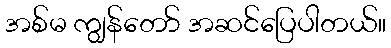
အစ်မ ကျွန်တော် အဆင်ပြေပါတယ်။